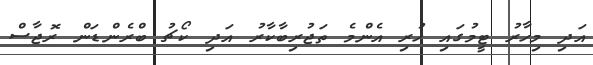
އަދި މިހާރު ޓީމުގައި ހުރި އެންމެ ތަޖުރިބާކާރު އަދި ކޯޗު ބްރެންޑަން ރޮޖާސް